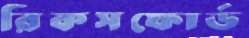
রিকসফোর্ড